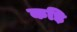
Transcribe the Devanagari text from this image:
कड़ि